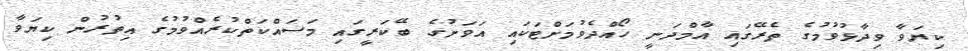
ކިޔަވާ ވިދާޅުވުމުގެ ތެރޭގައި އާމްދަނީ ހޯއްދެވުމަށްޓަކައި އަވަށުގެ ބޭކަރީގައި މަސައްކަތްކުރެއްވުމުގެ އިތުރުން ކިޔަވާ